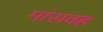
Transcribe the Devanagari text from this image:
मांसवह